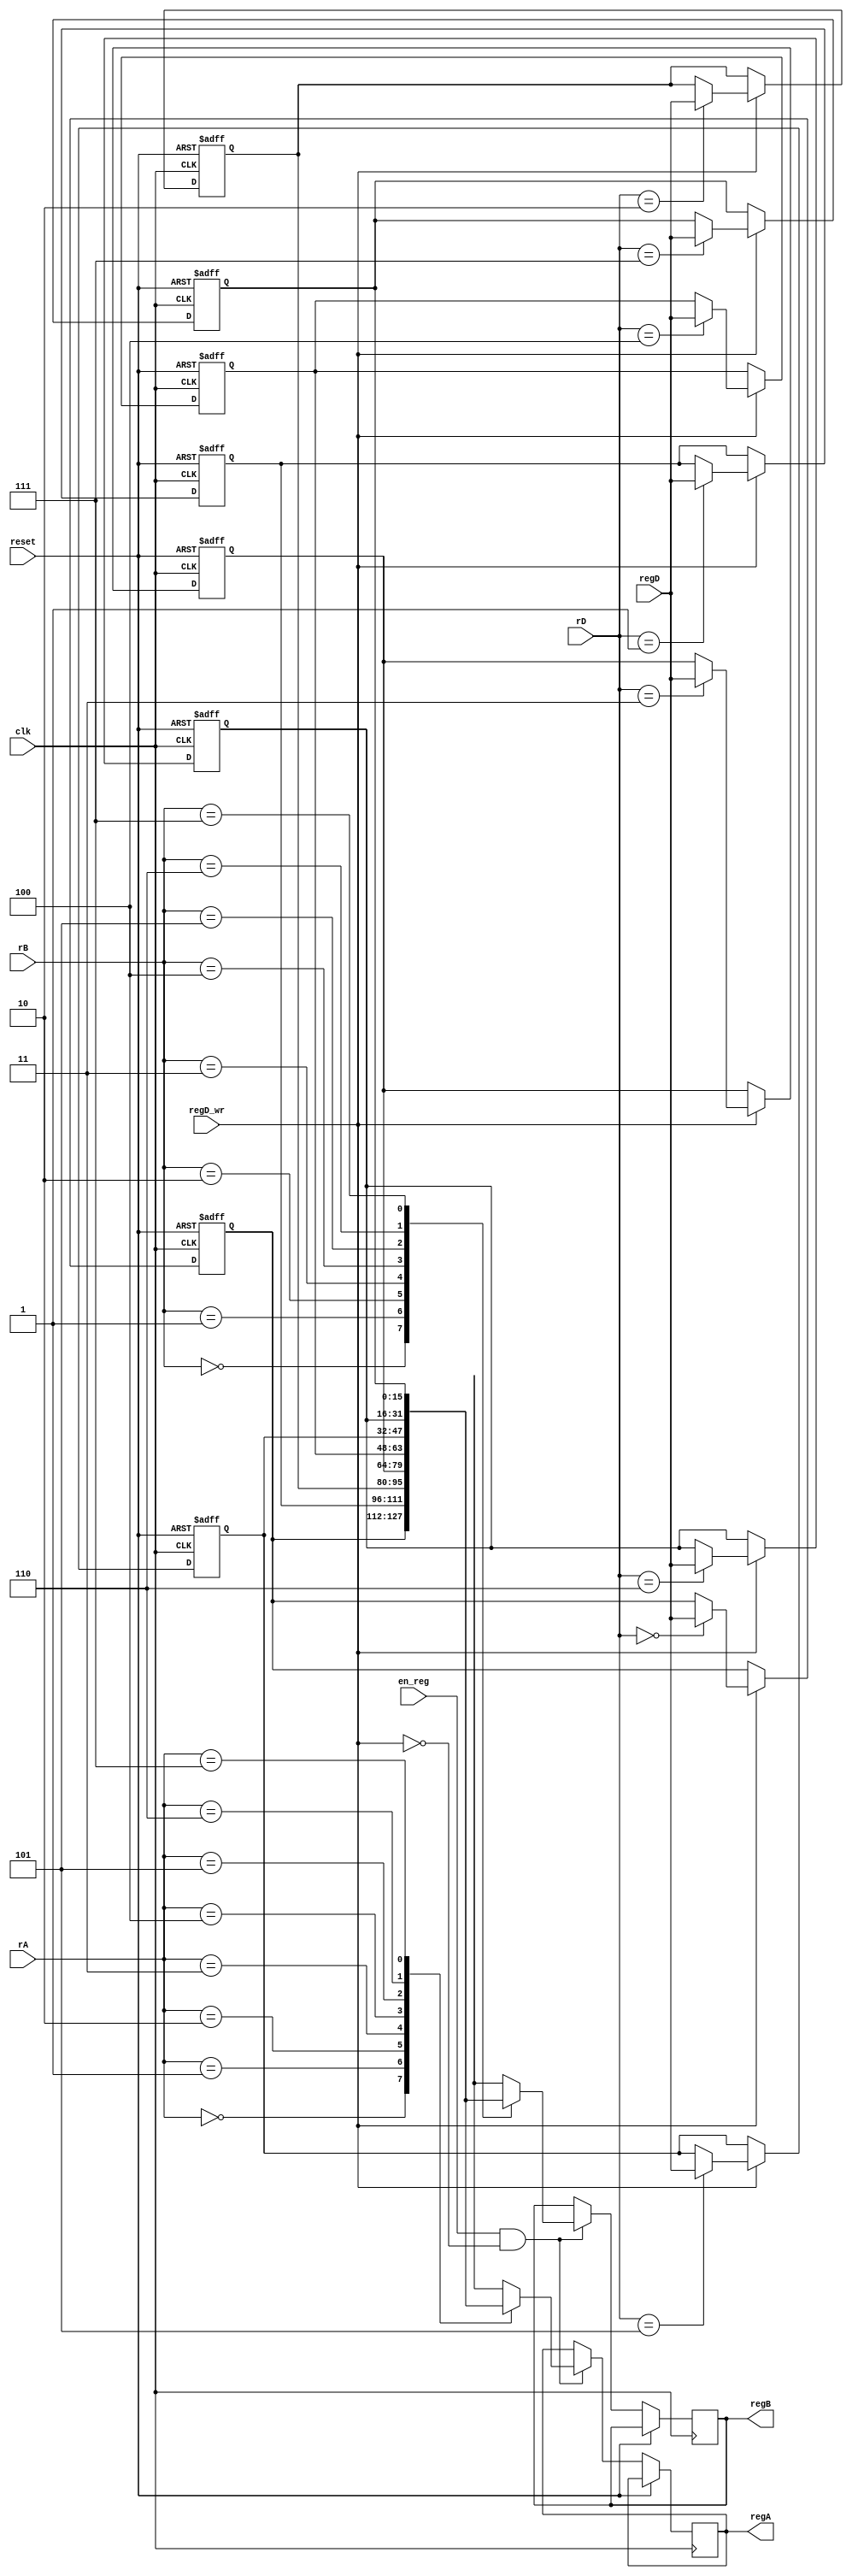
`timescale 1 ns / 1 ps

module internal_registers (reset,clk,en_reg,rD,rA,rB,regD_wr,regD,regA,regB);

input reset,clk,en_reg,regD_wr;
input [2:0] rD; //provides address for writing
input [2:0] rA,rB; //provide address for reading
input [15:0] regD;

output reg [15:0] regA;
output reg [15:0] regB;

reg [15:0] int_reg [7:0]; 

always @(posedge clk or posedge reset)
begin
	if (reset == 1)
	begin
		int_reg[0] <= 16'b0;
		int_reg[1] <= 16'b0;
		int_reg[2] <= 16'b0;
		int_reg[3] <= 16'b0;
		int_reg[4] <= 16'b0;
		int_reg[5] <= 16'b0;
		int_reg[6] <= 16'b0;
		int_reg[7] <= 16'b0;
		
	end

	else
	begin
		if (regD_wr == 1) //write operation
		begin
			case (rD)
				3'b000 : int_reg[0] <= regD;
				3'b001 : int_reg[1] <= regD;
				3'b010 : int_reg[2] <= regD;
				3'b011 : int_reg[3] <= regD;
				3'b100 : int_reg[4] <= regD;
				3'b101 : int_reg[5] <= regD;
				3'b110 : int_reg[6] <= regD;
				3'b111 : int_reg[7] <= regD;
			endcase
		end
	
		if (en_reg == 1 && regD_wr == 0) //read operation
		begin
			case (rA)
				3'b000 : regA <= int_reg[0]; 
				3'b001 : regA <= int_reg[1];
				3'b010 : regA <= int_reg[2];
				3'b011 : regA <= int_reg[3];
				3'b100 : regA <= int_reg[4];
				3'b101 : regA <= int_reg[5];
				3'b110 : regA <= int_reg[6];
				3'b111 : regA <= int_reg[7];
			endcase
			

			case (rB)
				3'b000 : regB <= int_reg[0]; 
				3'b001 : regB <= int_reg[1];
				3'b010 : regB <= int_reg[2];
				3'b011 : regB <= int_reg[3];
				3'b100 : regB <= int_reg[4];
				3'b101 : regB <= int_reg[5];
				3'b110 : regB <= int_reg[6];
				3'b111 : regB <= int_reg[7];
			endcase
	
			
		end

			

	end
end
endmodule